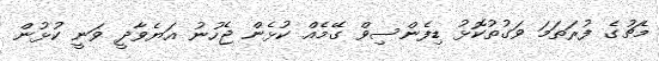
މެޗުގެ ފުރަތަމަ ވަގުތުކޮޅު ޑިފެންސިވް ގޭމެއް ކުޅެން ޖެހުނު އަޔެވާދީ ވަނީ ކުޅުން